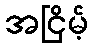
အငြိမ့်